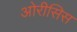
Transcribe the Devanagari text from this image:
ओरीसिस